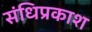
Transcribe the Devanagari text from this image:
संधिप्रकाश